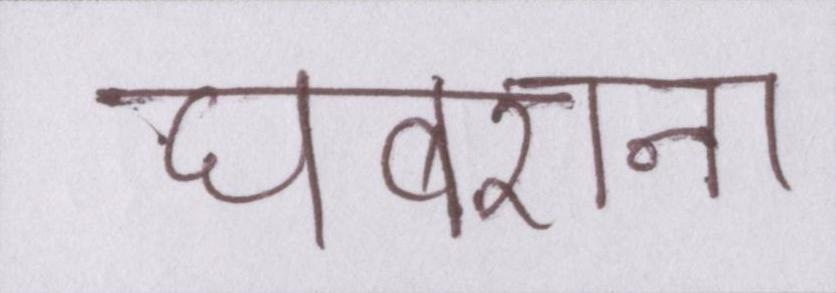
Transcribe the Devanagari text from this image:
घबराना